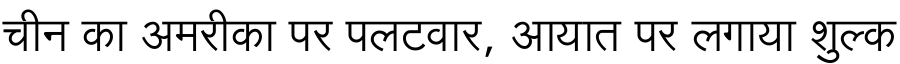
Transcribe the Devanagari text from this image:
चीन का अमरीका पर पलटवार, आयात पर लगाया शुल्क